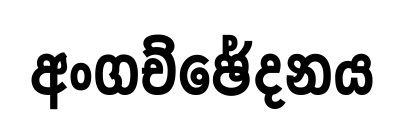
අංගච්ඡේදනය